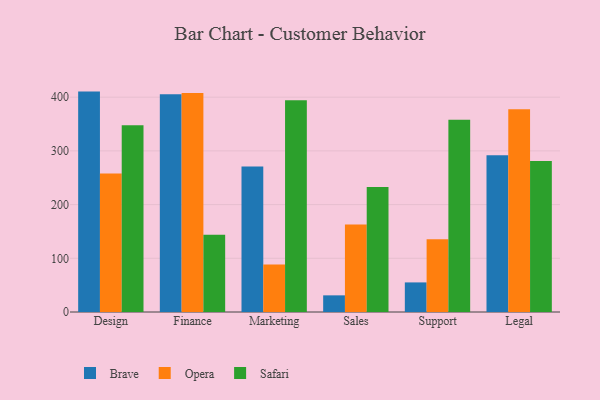
{"axis": {"x": "Department", "y": "Inventory Turnover"}, "legend": ["Brave", "Opera", "Safari"], "data": [{"x": "Design", "y": 410.4, "type": "Brave"}, {"x": "Design", "y": 258.1, "type": "Opera"}, {"x": "Design", "y": 347.9, "type": "Safari"}, {"x": "Finance", "y": 405.4, "type": "Brave"}, {"x": "Finance", "y": 407.9, "type": "Opera"}, {"x": "Finance", "y": 143.7, "type": "Safari"}, {"x": "Marketing", "y": 270.8, "type": "Brave"}, {"x": "Marketing", "y": 88.5, "type": "Opera"}, {"x": "Marketing", "y": 394.3, "type": "Safari"}, {"x": "Sales", "y": 31.0, "type": "Brave"}, {"x": "Sales", "y": 162.8, "type": "Opera"}, {"x": "Sales", "y": 232.6, "type": "Safari"}, {"x": "Support", "y": 55.1, "type": "Brave"}, {"x": "Support", "y": 135.4, "type": "Opera"}, {"x": "Support", "y": 357.8, "type": "Safari"}, {"x": "Legal", "y": 291.8, "type": "Brave"}, {"x": "Legal", "y": 377.4, "type": "Opera"}, {"x": "Legal", "y": 281.1, "type": "Safari"}]}